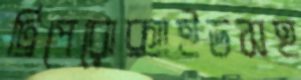
ট্রিপেরোক্সাইডসহ